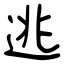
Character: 逃